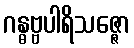
ဂန္ဓဗ္ဗပါရိသဇ္ဇော